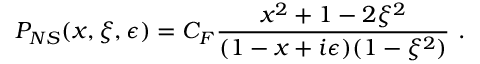
P _ { N S } ( x , \xi , \epsilon ) = C _ { F } { \frac { x ^ { 2 } + 1 - 2 \xi ^ { 2 } } { ( 1 - x + i \epsilon ) ( 1 - \xi ^ { 2 } ) } } \ .